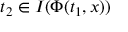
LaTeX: \ t _ { 2 } \in I ( \Phi ( t _ { 1 } , x ) )